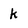
Character: k